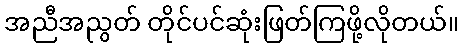
အညီအညွတ် တိုင်ပင်ဆုံးဖြတ်ကြဖို့လိုတယ်။